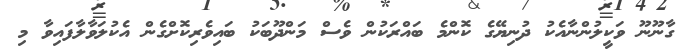
ގާނޫނޫ ވަކީލުންނާއެކު ދުނިޔޭގެ ކޮންމެ ބައްރަކުން ވެސް މަންދޫބަކު ބައިވެރިކޮށްގެން އެކުލަވާލާފައިވާ މި